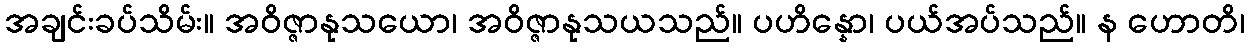
အချင်းခပ်သိမ်း။ အဝိဇ္ဇာနုသယော၊ အဝိဇ္ဇာနုသယသည်။ ပဟိန္နော၊ ပယ်အပ်သည်။ န ဟောတိ၊